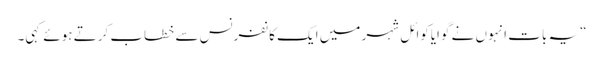
“یہ بات انہوں نے گوایاکوائل شہر میں ایک کانفرنس سے خطاب کرتے ہوئے کہی۔